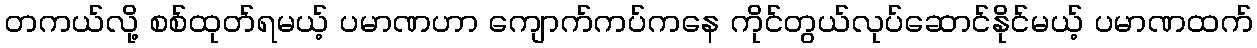
တကယ်လို့ စစ်ထုတ်ရမယ့် ပမာဏဟာ ကျောက်ကပ်ကနေ ကိုင်တွယ်လုပ်ဆောင်နိုင်မယ့် ပမာဏထက်